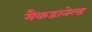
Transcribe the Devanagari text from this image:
मैकडानेल्ड